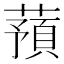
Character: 蕷